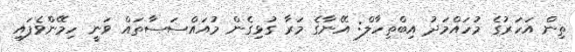
ތިން އަހަރުގެ މުހައްމަދު އިބްތިހާލް: އޭނާގެ މަރާ ގުޅިގެން މުއައްސަސާތައް ވަނީ ހިމޭންވެފައި